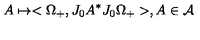
A \mapsto < \Omega _ { + } , J _ { 0 } A ^ { \ast } J _ { 0 } \Omega _ { + } > , A \in \mathcal { A }